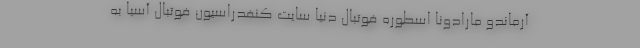
آرماندو مارادونا اسطوره فوتبال دنیا سایت کنفدراسیون فوتبال آسیا به